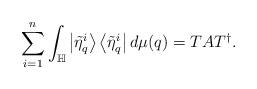
LaTeX: \begin{align*}\sum_{i=1}^{n}\int_{\mathbb{H}}\left|\tilde{\eta}_{q}^{i}\right\rangle\left\langle \tilde{\eta}_{q}^{i}\right|d\mu(q)=TAT^{\dagger}. \end{align*}